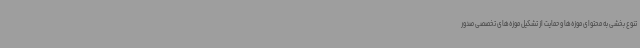
تنوع بخشی به محتوای موزه‌ها و حمایت از تشکیل موزه‌های تخصصی صدور